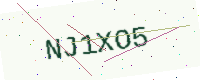
Text: NJ1XO5